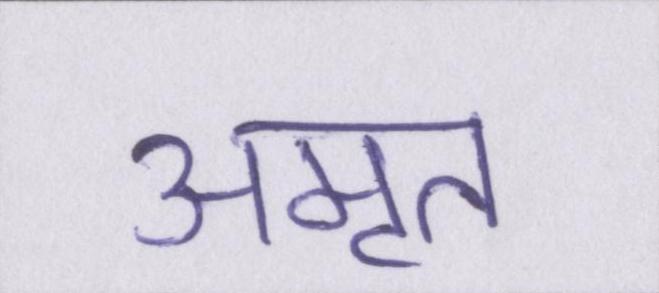
अमृत